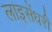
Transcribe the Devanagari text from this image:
लाइसेंधरी